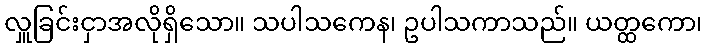
လှူခြင်းငှာအလိုရှိသော။ သပါသကေန၊ ဥပါသကာသည်။ ယတ္ထကော၊